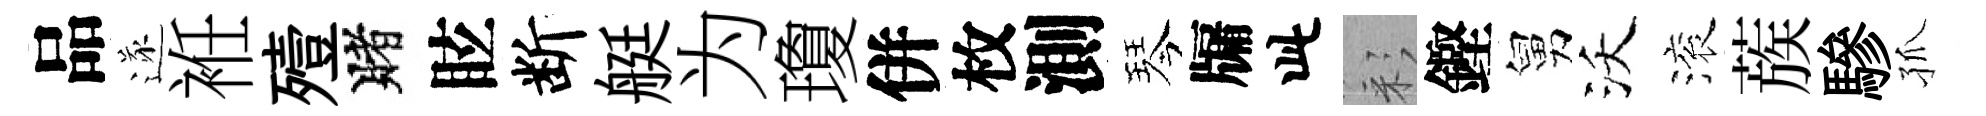
品遂袵殪賭眩断艇为瓊併枚測琴牖此彩鏗舅沃滚蔟驂孤